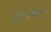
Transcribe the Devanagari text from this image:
हो।एकल